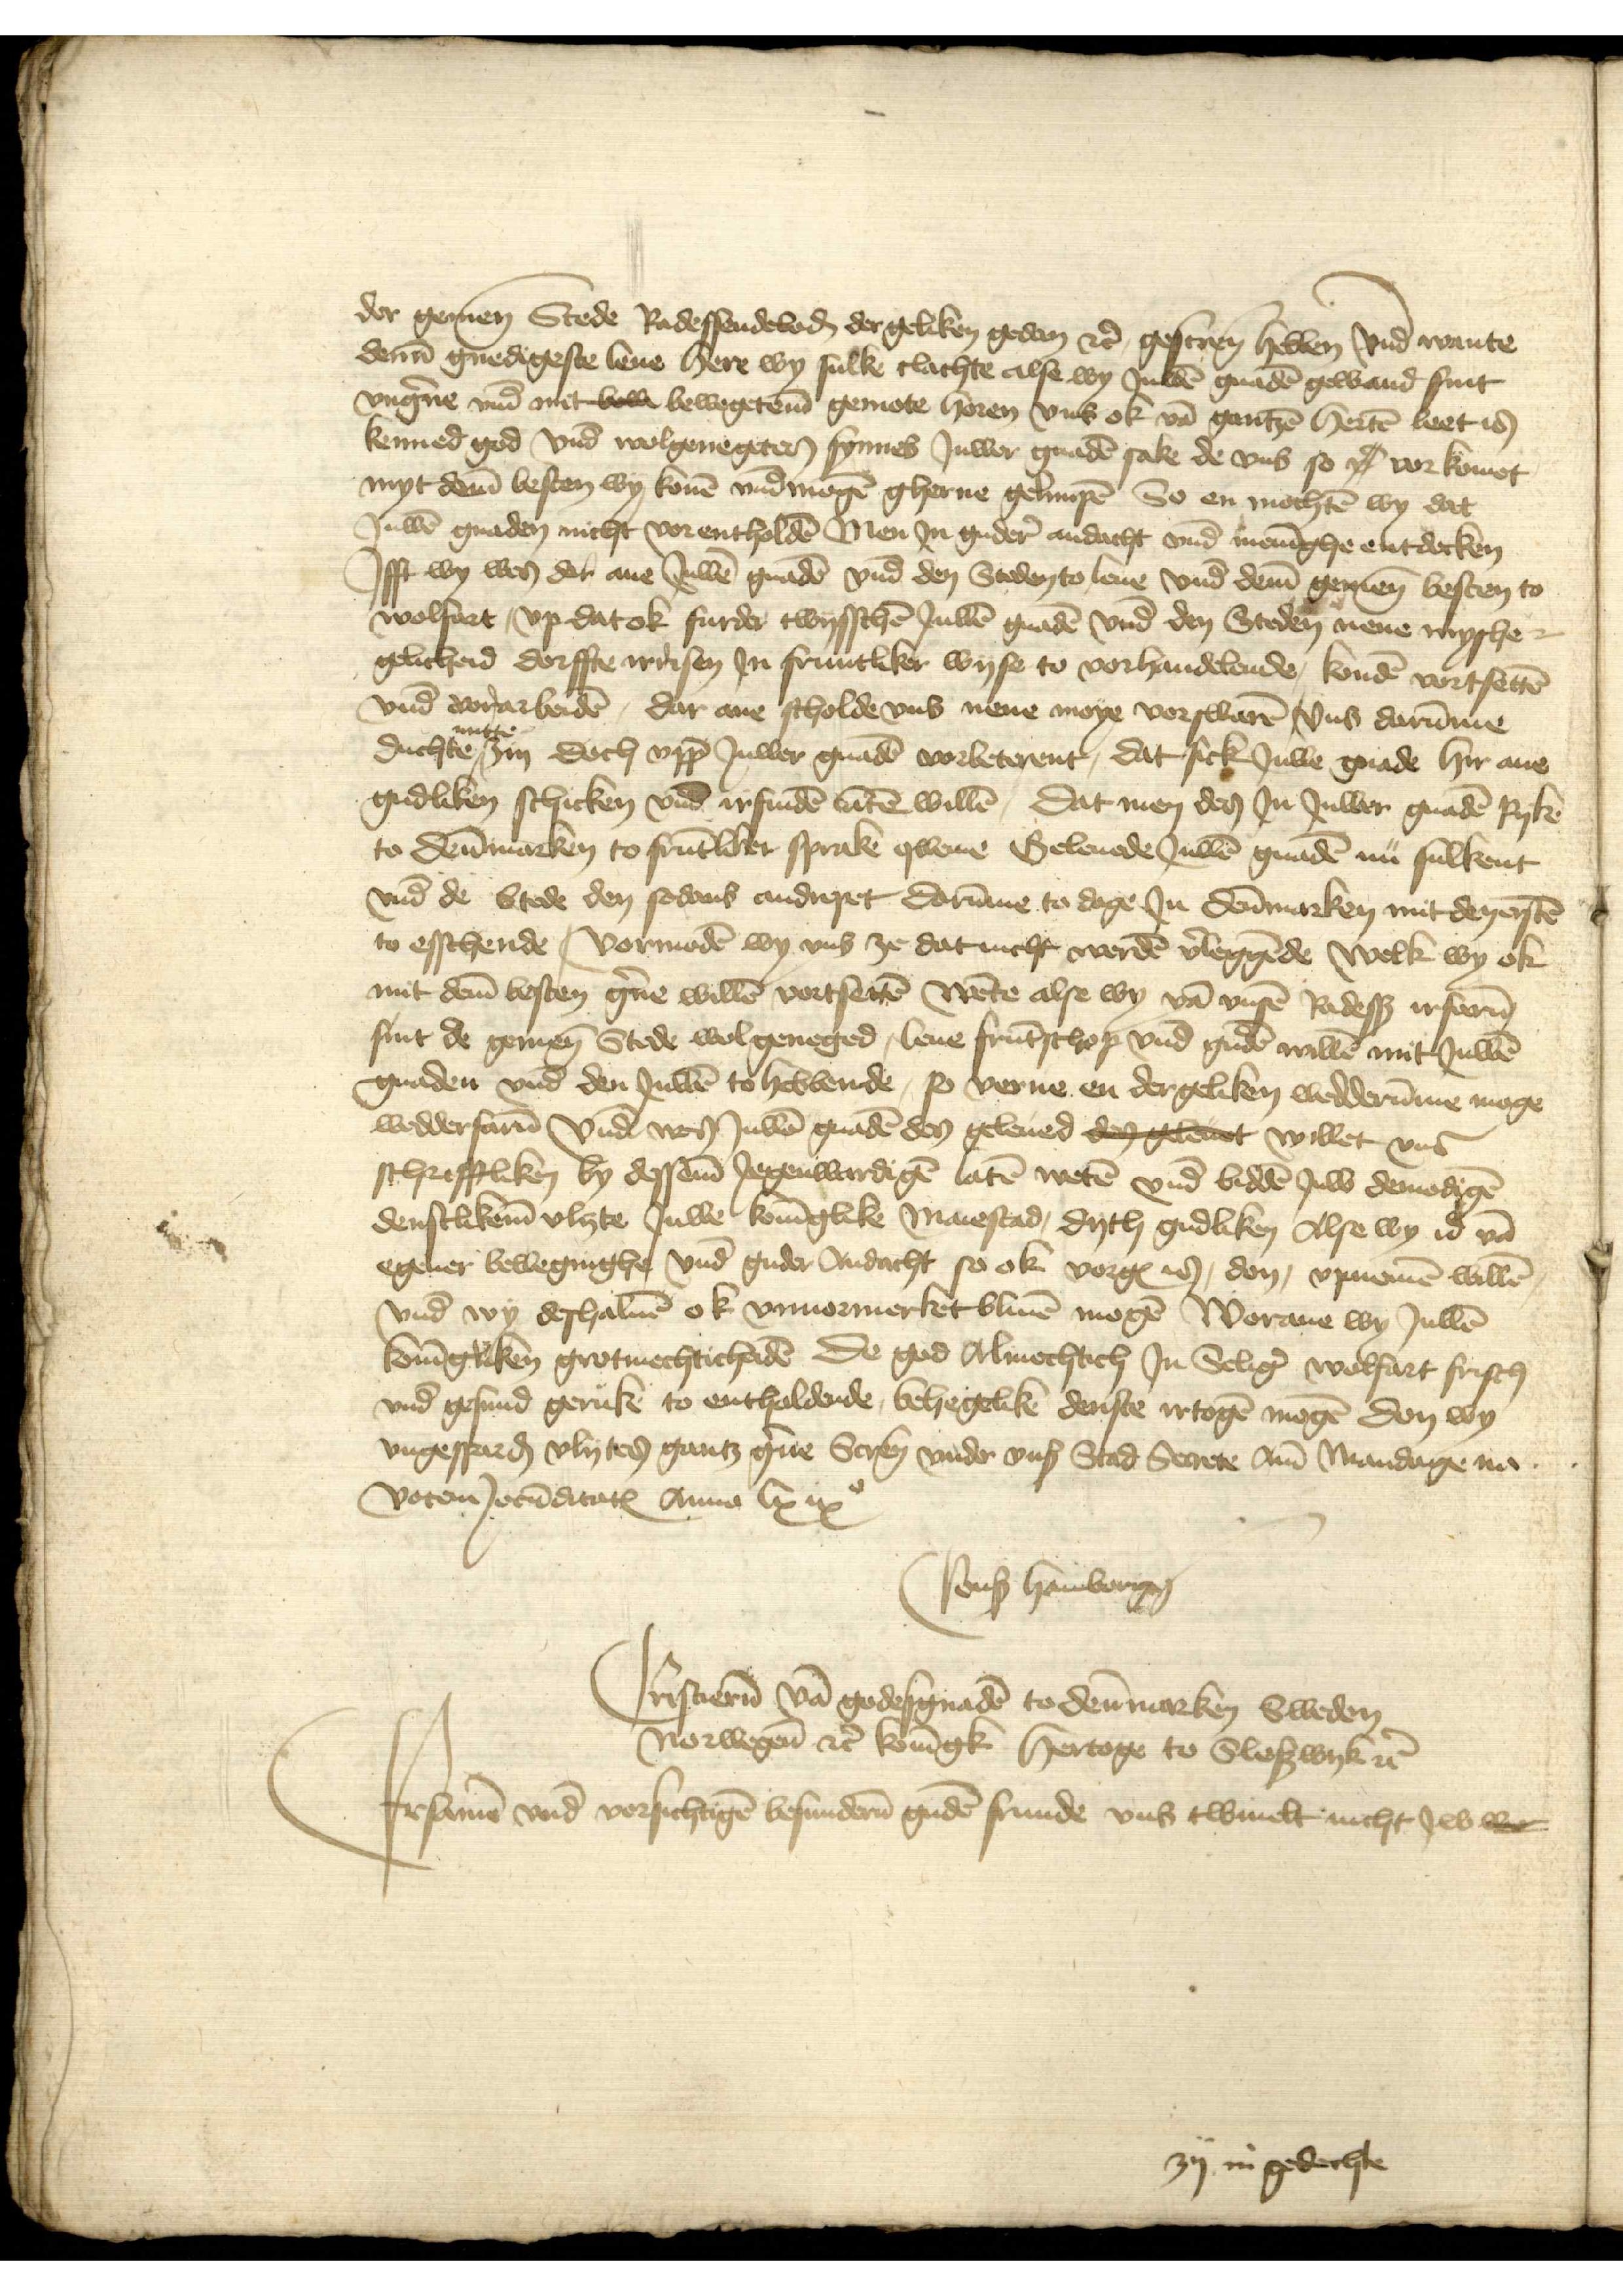
der gemenen Stede Radessendeboden der geliken gedan etcetera gescreuen hebben vnd wante
denne gnedigeste leue here wy sulke clachte alse wy Juwen gnaden gewand sint
vngerne vnd mit bow bewegeten gemote horen vns ok van gantzen herten leet in
kenned god vnd wolgenegeten synnes Juwer gnaden sake de vns so ie vor komet
myt deme besten wy konen vnd mogen gherne gelimpen So en mochten wy dat
Juwen gnaden nicht vor entholden Men Jn gudere andacht vnd meninghe entdecken
Jfft wy wen der ane Juwen gnaden vnd den Steden to leue vnd deme gemenen besten to
wolfart, vp dat ok furder twisschen Juwen gnaden vnd den Steden nene myshe¬
gelicheid dorffte wrisen Jn fruntliker wyse to vorhandelende, konden vortsetten
vnd vorarbeiden, dar ane scholde vns nene moye vorswaren vns darumme
duchte nutte zin doch vpp Juwer gnaden vorbeterent, dat sick Juwe gnade hir ane
gudliken schicken vnd irfinden laten willen, Dat men des Jn Juwer gnaden Ryke
to Dennmarken to fruntliker sprake qweme Geleuede Juwen gnaden nu sulkent
vnd de Stede den sodans andrepet darumme to dage Jn Dennmarken mit denersten
to esschende, vormeden wy vns ze dat nicht werden verrleggende welke wy ok
mit deme besten gerne willen vortsetten wente alse wy van vnsen Radessendeboden irfaren
sint de gemenen Stede wol geneged, leue fruntschop vnd guden willen mit Juwen
gnaden vnd den Juwen to hebbende, so verne en dergeliken wedderumme mogen
wedderfaren vnde vor Juwen gnaden den geleued den geletet willet vnd
schrifftliken by dessem Jegenwardigen laten weten vnd bidden Juw demodigen
denstlikeme Vlyte Juwe koninglike Maiestad, dyth gudliken Alse wy id van
egener beweginghe vnd guder Andacht so ok vorgenomd is, don, vpnomen willen
vnd wy deshaluen ok vnuormerket bliuen mogen Worane wy Juwen
koningliken grotmechticheiden de god Almechtich Jn velig Wolfart frisch
vnd gesund geruk to entholdende, behegeliken denste irtogen mogen don wy
vngesparden vlytes gantz gerne Screuen vnder vnser Stad Secrete Ame Mandage na
Votem Jorunditatus Anno lxixo
Consul Hamborgensis

Cristiernen van godes gnaden to Dennmarken Sweden
Norwegen etcetera koningk hertoge to Sleswyk etcetera
Ersamen vnd vorsichtigen besundernen guden frunde vns twiuelt nicht Jw we
zy in gedechte